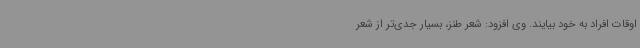
اوقات افراد به خود بیایند. وی افزود: شعر طنز، بسیار جدی‌تر از شعر